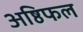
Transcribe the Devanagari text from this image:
अष्ठिफल